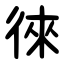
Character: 徠